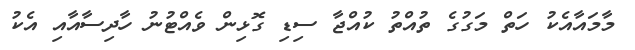
މާމައާއެކު ހަތް މަގުގެ ތުއްތު ކުއްޖާ ސިޑި ގޮޅިން ވެއްޓުނު ހާދިސާއާއި އެކު